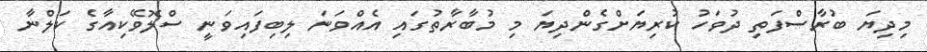
މިދިޔަ ބުރާސްފަތި ދުވަހު ކުރިޔަށްގެންދިޔަ މި މުބާރާތުގައި އެއްވަނަ ލިބިފައިވަނީ ސްލޮވޭކިއާގެ ކަލްނާ